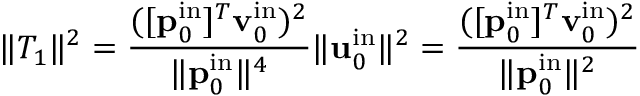
\| T _ { 1 } \| ^ { 2 } = \frac { ( [ \mathbf { p } _ { 0 } ^ { \mathrm { i n } } ] ^ { T } \mathbf { v } _ { 0 } ^ { \mathrm { i n } } ) ^ { 2 } } { \| \mathbf { p } _ { 0 } ^ { \mathrm { i n } } \| ^ { 4 } } \| \mathbf { u } _ { 0 } ^ { \mathrm { i n } } \| ^ { 2 } = \frac { ( [ \mathbf { p } _ { 0 } ^ { \mathrm { i n } } ] ^ { T } \mathbf { v } _ { 0 } ^ { \mathrm { i n } } ) ^ { 2 } } { \| \mathbf { p } _ { 0 } ^ { \mathrm { i n } } \| ^ { 2 } }